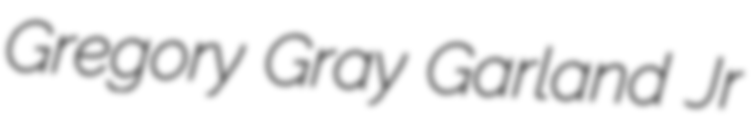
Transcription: Gregory Gray Garland Jr